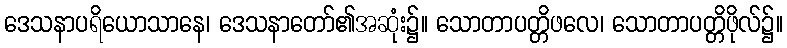
ဒေသနာပရိယောသာနေ၊ ဒေသနာတော်၏အဆုံး၌။ သောတာပတ္တိဖလေ၊ သောတာပတ္တိဖိုလ်၌။